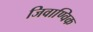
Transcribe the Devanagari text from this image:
जिवाण्विक